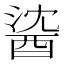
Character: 𲆯